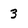
Character: 3